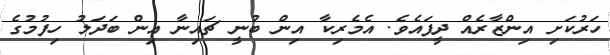
ހަރުކަށި އިންޒާރެއް ދީފައެވެ. އެމެރިކާ އިން ބުނީ ޗައިނާ އިން ބަދަލު ހިފުމުގެ